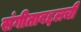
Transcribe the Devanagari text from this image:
संगीताबद्दलची